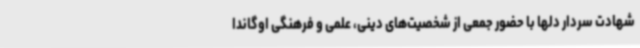
شهادت سردار دلها با حضور جمعی از شخصیت‌های دینی، علمی و فرهنگی اوگاندا